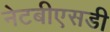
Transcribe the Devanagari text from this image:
नेटबीएसडी